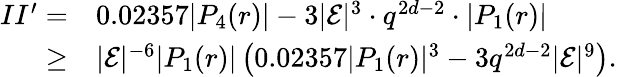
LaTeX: \begin{array}{rl}{II^{\prime}=}&{0.02357|P_{4}(r)|-3|\mathcal{E}|^{3}\cdot q^{2d-2}\cdot|P_{1}(r)|}\\ {\geq}&{|\mathcal{E}|^{-6}|P_{1}(r)|\left(0.02357|P_{1}(r)|^{3}-3q^{2d-2}|\mathcal{E}|^{9}\right).}\end{array}